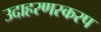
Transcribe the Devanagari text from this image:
उदाहरणस्करप